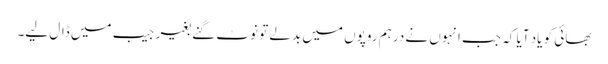
بھائی کو یاد آیا کہ جب انہوں نے درہم روپوں میں بدلے تو نوٹ گنے بغیر جیب میں ڈال لیے۔